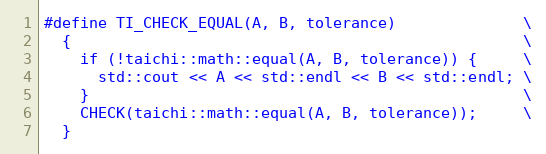
Language: C
#define TI_CHECK_EQUAL(A, B, tolerance)              \
  {                                                  \
    if (!taichi::math::equal(A, B, tolerance)) {     \
      std::cout << A << std::endl << B << std::endl; \
    }                                                \
    CHECK(taichi::math::equal(A, B, tolerance));     \
  }